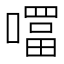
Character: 𭋊